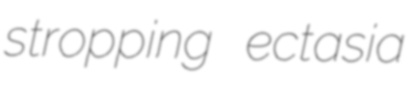
stropping ectasia